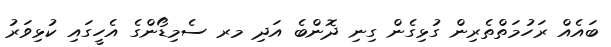
ބައެއް ރަހުމަތްތެރިން ގުޅިގެން ގިނި ދޮންބެ އަދި މރ ސެމިޑޯންގެ އެހީގައި ކުޅިވަރު